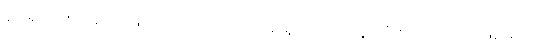
ရူပါရုံတို့၌။ သညာ၊ ဖြစ်သောသညာတည်း။ ရူပသညာ၊ ရူပါရုံ စသည် တို့၌ဖြစ်သော